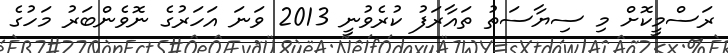
ރަސްމީކޮށް މި ސިޔާސަތު ތައާރަފު ކުރެވުނީ 2013 ވަނަ އަހަރުގެ ނޮވެންބަރު މަހުގެ